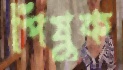
পিষুক